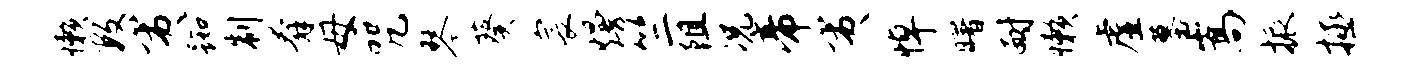
懒数夷踟制奔母咒琴葵宸熳竺阻况帝夷悼曙耐懒虚墓嵩振拯